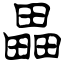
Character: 畾